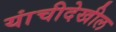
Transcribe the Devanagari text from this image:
यांचीदेखील